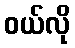
ဝယ်လို